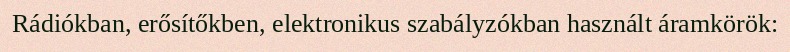
Rádiókban, erősítőkben, elektronikus szabályzókban használt áramkörök: